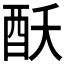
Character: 𮠝